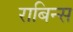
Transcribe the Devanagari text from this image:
राबिन्स